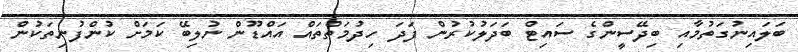
ބަލައިނުގަތުމާއި ބިދޭސީންގެ ސައިޓް ބަދަލުކުރުން ފަދަ ހިދުމަތްތައް އައްޑޫން ނުލިބޭ ކަމަށް ކުންފުނިތަކުން